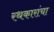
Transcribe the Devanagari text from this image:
रथकारांचा